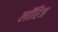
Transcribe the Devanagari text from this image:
लॉरिज